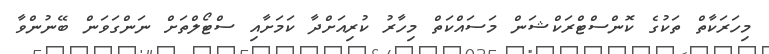
މިހަރަކާތް ތަކުގެ ކޮންސްޓްރަކްޝަން މަސައްކަތް މިހާރު ކުރިއަށްދާ ކަމަށާއި ސްޓޯލްތަށް ނަންގަވަން ބޭނުންވާ